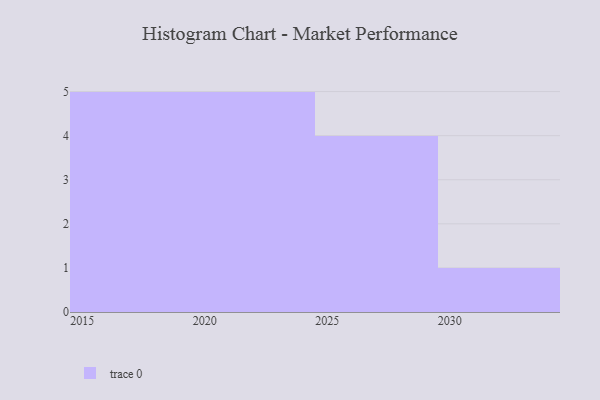
{"axis": {"x": "Year", "y": "Bounce Rate (%)"}, "legend": [""], "data": [{"x": "2019", "y": 6, "type": ""}, {"x": "2029", "y": 21, "type": ""}, {"x": "2022", "y": 93, "type": ""}, {"x": "2018", "y": 81, "type": ""}, {"x": "2026", "y": 17, "type": ""}, {"x": "2016", "y": 18, "type": ""}, {"x": "2024", "y": 6, "type": ""}, {"x": "2028", "y": 24, "type": ""}, {"x": "2020", "y": 4, "type": ""}, {"x": "2027", "y": 41, "type": ""}, {"x": "2021", "y": 17, "type": ""}, {"x": "2017", "y": 89, "type": ""}, {"x": "2023", "y": 24, "type": ""}, {"x": "2030", "y": 88, "type": ""}, {"x": "2015", "y": 51, "type": ""}]}